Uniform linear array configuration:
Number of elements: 4
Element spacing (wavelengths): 0.25
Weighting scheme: exponential
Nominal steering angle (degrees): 60
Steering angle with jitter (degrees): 59.932
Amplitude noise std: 0.05
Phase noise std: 0.05

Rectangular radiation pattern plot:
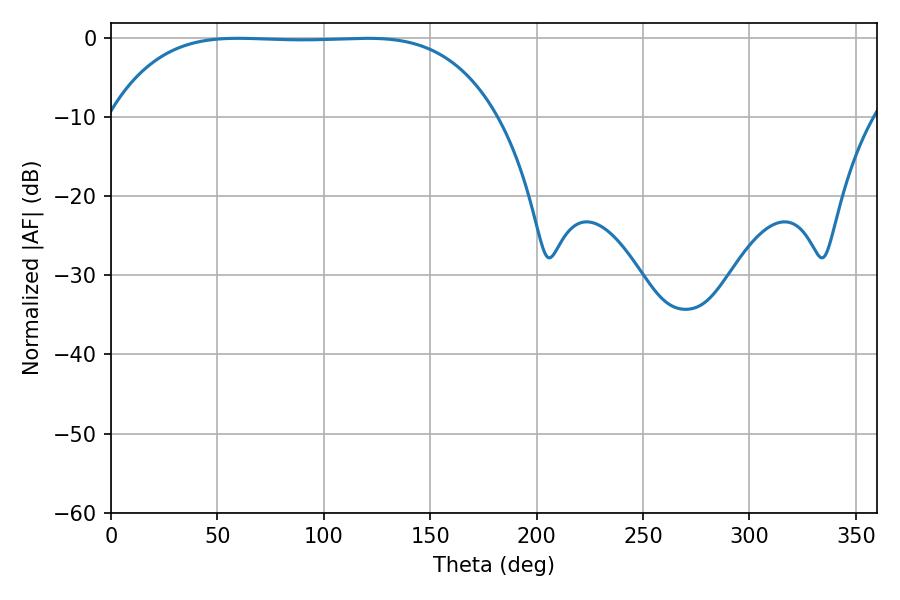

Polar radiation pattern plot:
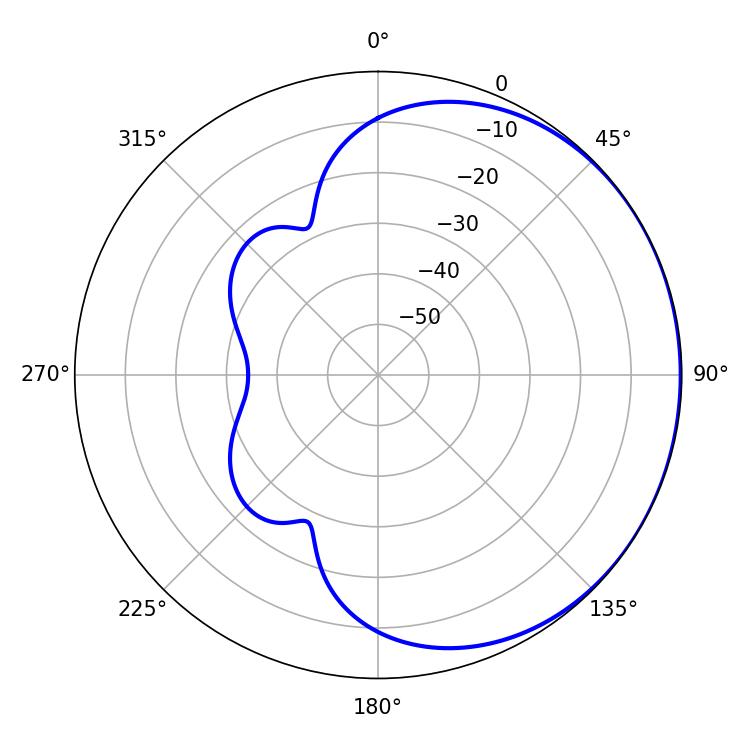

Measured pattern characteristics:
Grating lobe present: FALSE
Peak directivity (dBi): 0.4998
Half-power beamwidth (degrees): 140.04
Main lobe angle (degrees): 59.76